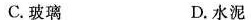
C.玻璃 D.水泥